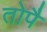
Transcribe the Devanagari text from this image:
तोपै